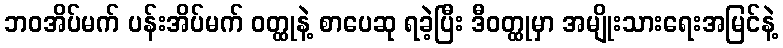
ဘဝအိပ်မက် ပန်းအိပ်မက် ဝတ္ထုနဲ့ စာပေဆု ရခဲ့ပြီး ဒီဝတ္ထုမှာ အမျိုးသားရေးအမြင်နဲ့